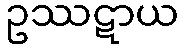
ဥဿဋာယ